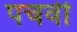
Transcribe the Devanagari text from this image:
पचवी